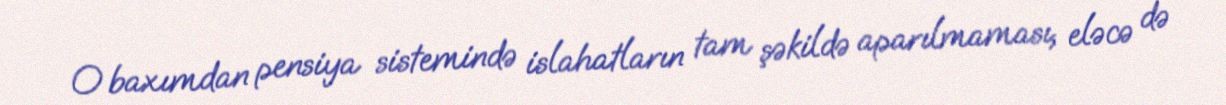
O baxımdan pensiya sistemində islahatların tam şəkildə aparılmaması, eləcə də